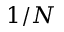
1 / N